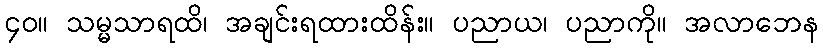
၄၀။ သမ္မသာရထိ၊ အချင်းရထားထိန်း။ ပညာယ၊ ပညာကို။ အလာဘေန